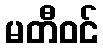
မတီဝင်